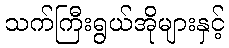
သက်ကြီးရွယ်အိုများနှင့်